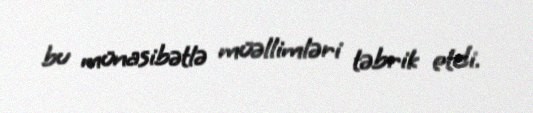
bu münasibətlə müəllimləri təbrik etdi.